Report on sanitation, dispensaries, and jails in Rajputana for 1919, and on vaccination for the year 1919-1920 - 1919-1920
Year: 1919
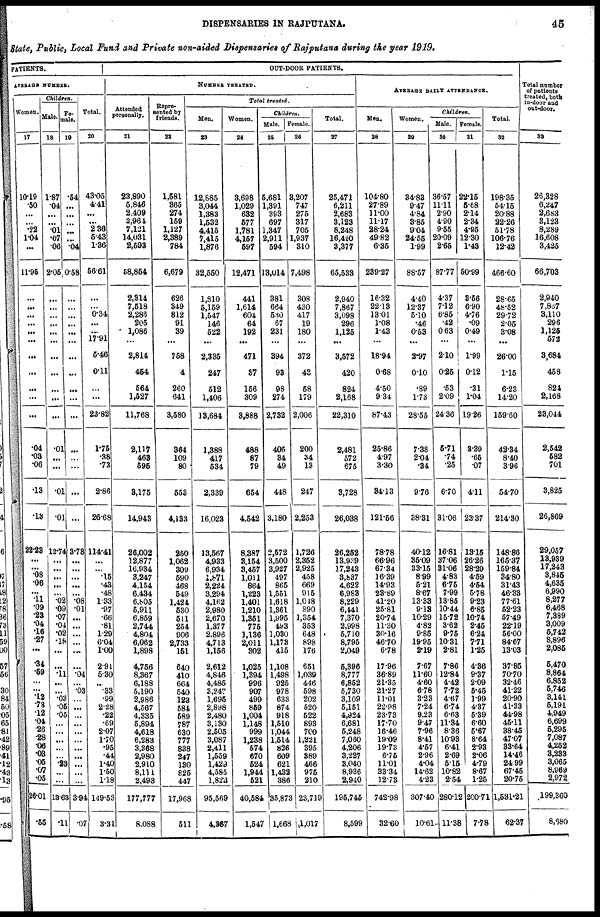
DISPENSARIES IN RAJPUTANA.
45
State, Public, Local Fund and Private non-aided Dispensaries of Rajputana during the year 1919.
PATIENTS.
AVERAGE NUMBER.
Woman.
17
10.19
.50
...
...
.22
1.04
...
11.95
...
...
...
...
...
...
...
...
...
...
...
.04
.03
.06
.13
.13
22.23
...
...
.08
.06
...
.11
.09
.23
.04
.16
.27
...
.34
.59
...
...
.12
.73
.12
.04
.26
.28
.06
.03
.05
.07
.05
26.01
.55
Children
Male.
18
1.87
.04
...
...
.01
.07
.06
2.05
...
...
...
...
...
...
...
...
...
...
...
.01
...
...
.01
.01
12.74
...
...
...
...
...
.02
.09
.07
.04
.02
.18
...
...
.11
...
...
.03
.05
.05
...
...
...
...
...
.23
...
...
13.68
.11
Fe-
male.
19
.54
...
...
...
...
...
.04
0.58
...
...
...
...
...
...
...
...
...
...
...
...
...
...
...
...
3.78
...
...
...
...
...
.08
.01
...
...
...
...
...
...
.04
...
.03
...
...
...
...
...
...
...
...
...
...
...
3.94
.07
Total.
20
43.05
4.41
...
...
2.36
5.43
1.36
56.61
...
...
0.34
...
...
17.91
5.46
0.11
...
...
23.82
1.75
.38
.73
2.86
26.68
114.41
...
...
.15
.43
.48
1.33
.97
.66
.81
1.29
6.04
1.00
2.91
5.30
..
.33
.99
2.28
.22
.69
2.07
1.70
.95
.44
1.40
1.50
1.18
149.53
3.31
OUT-DOOR PATIENTS.
NUMBER TREATED.
Attended
personally.
21
23,890
5,846
2,409
2,964
7,121
14,031
2,593
58,854
2,314
7,518
2,286
205
1,086
...
2,814
454
564
1,527
11,768
2,117
463
595
3,175
14,943
26,002
12,877
16,934
3,247
4,154
6,434
6,805
5,911
6,859
2,744
4,804
6,062
1,898
4,756
8,367
6,188
5,190
2,986
4,567
4,335
5,894
4,618
6,283
3,368
2,980
2,910
8,111
2,493
177,777
8,088
Repre-
sented by
friends.
22
1,581
365
274
159
1,127
2,389
784
6,679
626
349
812
91
39
...
758
4
260
641
3,580
364
109
80
553
4,133
250
1,062
309
590
468
549
1,424
530
511
254
906
2,733
151
640
410
664
540
123
584
589
787
630
777
838
247
130
825
447
17,968
511
Total treated.
Men.
23
12,885
3,044
1,383
1,532
4,415
7,415
1,876
32,550
1,810
5,159
1,547
146
522
...
2,335
247
512
1,406
13,684
1,388
417
534
2,339
16,023
13,567
4,933
6,934
1,871
2,224
3,294
4,162
2,980
2,670
1,377
2,896
4,713
1,156
2,612
4,846
4,485
3,247
1,695
2,898
2,480
3,130
2,505
3,087
2,411
1,559
1,429
4,585
1,823
95,569
4,367
Women.
24
3,698
1,029
632
577
1,781
4,157
597
12,471
441
1,614
604
64
192
...
471
37
156
309
3,888
488
87
79
654
4,542
8,387
3,154
3,457
1,011
864
1,223
1,401
1,210
1,351
775
1,136
2,011
302
1,025
1,394
996
907
499
859
1,004
1,148
999
1,238
574
670
524
1,944
521
40,584
1,547
Children.
Male.
25
5,681
1,391
393
697
1,347
2,911
594
13,014
381
664
530
67
231
...
394
93
98
274
2,732
405
34
49
448
3,180
2,572
3,500
3,927
497
865
1,551
1,618
1,361
1,995
493
1,030
1,173
415
1,108
1,498
925
978
633
874
918
1,510
1,044
1,514
826
609
621
1,432
386
35,873
1,668
Female.
26
3,207
747
275
317
705
1,937
310
7,498
308
430
417
19
180
...
372
42
58
179
2,006
200
34
13
247
2,253
1,726
2,352
2,925
458
669
915
1,048
890
1,354
353
648
898
176
651
1,039
446
598
202
520
522
893
700
1,221
395
389
466
975
210
23,719
1,017
Total.
27
25,471
6,211
2,683
3,123
8,248
16,420
3,377
65,533
2,940
7,867
3,098
296
1,125
...
3,572
420
824
2,168
22,310
2,481
572
675
3,728
26,038
26,252
13,939
17,243
3,837
4,622
6,983
8,229
6,441
7,370
2,998
5,710
8,795
2,049
5,396
8,777
6,852
5,730
3,109
5,151
4,924
6,681
5,248
7,060
4,206
3,227
3,040
8,936
2,940
195,745
8,599
AVERAGE DAILY ATTENDANCE.
Men.
28
104.80
27.89
11.00
11.17
28.24
49.82
6.35
239.27
16.32
22.13
13.01
1.08
1.43
...
18.94
0.68
4.50
9.34
87.43
25.86
4.97
3.30
34.13
121.56
78.78
66.96
67.34
16.39
14.93
23.89
41.20
25.81
20.74
11.30
30.16
46.70
6.78
17.96
36.89
21.36
21.27
11.01
22.98
23.73
17.70
16.46
19.09
19.73
6.75
11.01
33.34
12.73
742.98
32.60
Women.
29
34.83
9.47
4.84
3.85
9.04
24.55
1.99
88.57
4.40
12.37
5.10
.46
0.53
...
2.97
0.10
.89
1.73
28.55
7.38
2.04
.34
9.76
38.31
40.12
35.09
33.15
8.99
5.21
8.67
13.33
.13
10.29
4.82
9.85
19.95
2.19
7.67
11.60
4.60
6.78
3.23
7.24
9.23
9.47
7.96
8.41
4.57
2.96
4.04
14.62
4.23
307.40
10.61
Children.
Male.
30
36.57
11.11
2.90
4.90
9.55
20.09
2.65
87.77
4.37
7.12
6.85
.42
0.63
...
2.10
0.25
.53
2.09
24.36
5.71
.74
.25
6.70
31.06
16.81
37.06
31.06
4.83
6.75
7.99
13.85
10.44
15.72
3.62
9.75
10.31
2.81
7.86
12.84
4.42
7.72
4.67
6.74
6.63
11.34
8.36
10.93
6.41
2.69
5.15
10.82
2.54
280.12
11.38
Female.
31
22.15
5.68
2.14
2.34
4.95
12.30
1.43
50.99
3.56
6.90
4.76
.09
0.49
...
1.99
0.12
.31
1.04
19.26
3.39
.65
.07
4.11
23.37
13.15
26.26
28.29
4.59
4.54
5.78
9.23
6.85
10.74
2.45
6.24
7.71
1.25
4.36
9.37
2.09
5.45
1.99
4.37
5.39
6.60
5.67
8.64
2.93
2.06
4.79
8.67
1.25
200.71
7.78
Total.
32
198.35
54.15
20.88
22.26
51.78
106.76
12.42
466.60
28.65
48.52
29.72
2.05
3.08
...
26.00
1.15
6.23
14.20
159.60
42.34
8.40
3.96
54.70
214.30
148.86
165.37
159.84
34.80
31.43
46.33
77.61
52.23
57.49
22.19
56.00
84.67
13.03
37.85
70.70
32.46
41.22
20.90
41.33
44.98
45.11
38.45
47.07
33.64
14.46
24.99
67.46
20.75
1,431.21
62.37
Total number
of patients
treated, both
in-door and
out-door.
33
26,328
6,247
2,683
3,123
8,289
16,608
3,425
66,703
2,940
7,867
3,110
296
1,125
572
3,684
458
824
2,168
23,044
2,542
582
701
3,825
26,869
29,057
13,939
17,243
3,845
4,635
6,990
8,277
6,468
7,389
3,009
5,742
8,896
2,085
5,470
8,864
6,852
5,746
3,141
5,191
4,949
6,699
5,295
7,087
4,252
3,233
3,065
8,969
2,972
199,360
8,680